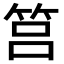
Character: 筥